Note on the mental hospitals in Burma - 1925-1940
Year: 1925
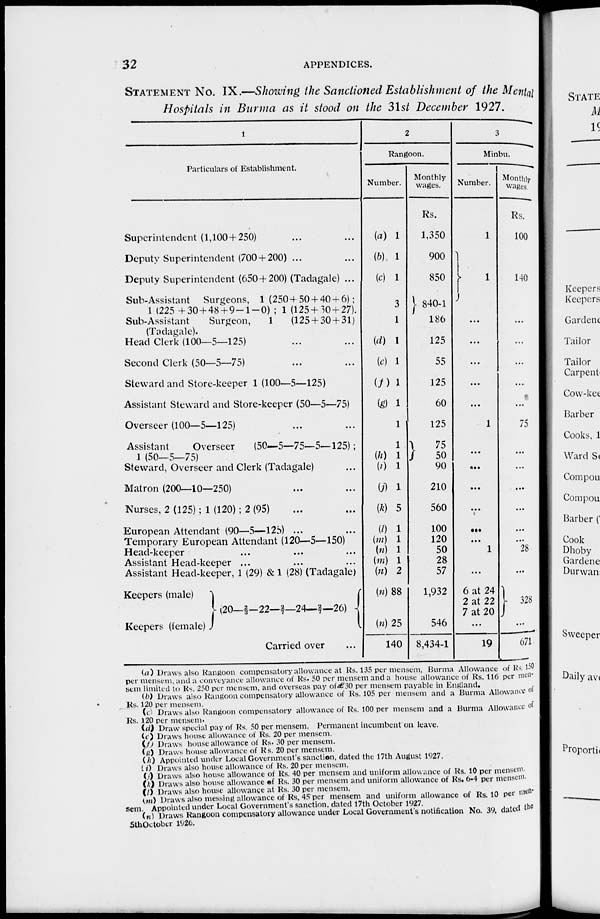
32
APPENDICES.
STATEMENT NO. IX.—Showing the Sanctioned Establishment of the Mental
Hospitals in Burma as it stood on the 31st December 1927.
1
Particulars of Establishment.
Superintendent (1,100+250) ... ...
Deputy Superintendent (700 + 200) ... ...
Deputy Superintendent (650 + 200) (Tadagale) ...
Sub-Assistant Surgeons, 1 (250+ 50 + 40 + 6);
1 (225 +304+84+9-1-0) ; 1 (125+30 + 27).
Sub-Assistant
Surgeon,
1
(125 + 30 + 31)
(Tadagale).
Head Clerk (100—5—125) ... ...
Second Clerk (50—5—75) ... ...
Steward and Store-keeper 1 (100—5—125)
Assistant Steward and Store-keeper (50—5—75)
Overseer (100—5–125) ...
Assistant
Overseer
(50—5—75—5—125);
1 (50—5—75)
Steward, Overseer and Clerk (Tadagale) ...
Matron (200—10—250) ... ...
Nurses, 2 (125); 1 (120); 2 (95) ... ...
European Attendant (90—5—125) ... ...
Temporary European Attendant (120—5—150) ...
Head-keeper ... ... ... ...
Assistant Head-keeper ... ... ... ...
Assistant Head-keeper, 1 (29) & 1 (28) (Tadagale)
Keepers (male)
Keepers (female)
(20—2/3–22—2/7—24—2/7—26)
Carried over ...
2
Rangoon.
Number.
(a) 1
(b) 1
(c) 1
3
1
(d) 1
(c) 1
(f) 1
(g) 1
1
1
(h) 1
(l) 1
(j)1
(k) 5
(l) 1
(m) 1
(n) 1
(m) 1
(n) 2
(n) 88
(n) 25
140
Monthly
wages.
Rs.
1,350
900
850
840-1
186
125
55
125
60
125
75 50
90
210
560
100
120
50
28
57
1,932
546
8,434-1
3
Minbu.
Number.
1
1
...
...
...
...
...
1
...
...
...
...
...
...
1
...
6 at 24
2 at 22
7 at 20
...
19
Monthly
wages
Rs.
100
140
...
...
...
...
...
75
...
...
...
...
...
28
...
328
...
671
(a) Draws also Rangoon compensatory allowance at Rs. 135 per mensem. Burma Allowance of Rs. 150
per mensem, and a conveyance allowance of Rs. 50 per mensem and a house allowance of Rs. 116 per men-
sem limited to Rs. 250 per mensem, and overseas pay of £ 30 per mensem payable in England.
(b) Draws also Rangoon compensatory allowance of Rs. 105 per mensem and a Burma Allowance of
Rs. 120 per mensem.
(c) Draws also Rangoon compensatory allowance of Rs. 100 per mensem and a Burma Allowance of
Rs. 120 per mensem.
(d) Draw special pay of Rs. 50 per mensem. Permanent incumbent on leave.
(e) Draws house allowance of Rs. 20 per mensem.
(f) Draws house allowance of Rs. 30 per mensem.
(g) Draws house allowance of Rs. 20 per mensem.
(h) Appointed under Local Government's sanction, dated the 17th August 1927.
(i) Draws also house allowance of Rs. 20 per mensem.
(j) Draws also house allowance of Rs. 40 per mensem and uniform allowance of Rs. 10 per mensem.
(k) Draws also house allowance of Rs. 30 per mensem and uniform allowance of Rs. 6-4 per mensem.
(l) Draws also house allowance at Rs. 30 per mensem.
(m) Draws also messing allowance of Rs, 45 per mensem and uniform allowance of Rs. 10 per men-
sem. Appointed under Local Government's sanction, dated 17th October 1927.
(n) Draws Rangoon compensatory allowance under Local Government's notification No. 39, dated the
5th October 1926.